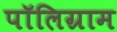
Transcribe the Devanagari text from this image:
पॉलिग्राम